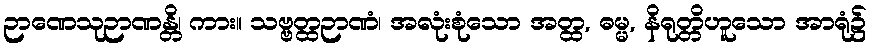
ဉာဏေသုဉာဏန္တိ၊ ကား။ သဗ္ဗတ္ထဉာဏံ၊ အလုံးစုံသော အတ္ထ, ဓမ္မ, နိရုတ္တိဟူသော အာရုံ၌